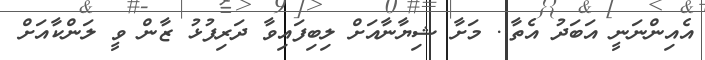
އެއިންނަނީ އަބަދު އެތާ.. މަށާ ޝިޔާނާއަށް ލިބިފައިވާ ދަރިފުޅު ޒާން ވީ ލަންކާއަށް